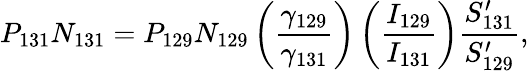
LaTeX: P_{131}N_{131}=P_{129}N_{129}\left({\frac{\gamma_{129}}{\gamma_{131}}}\right)\left({\frac{I_{129}}{I_{131}}}\right){\frac{S_{131}^{\prime}}{S_{129}^{\prime}}},